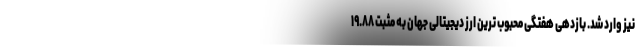
نیز وارد شد. بازدهی هفتگی محبوب ترین ارز دیجیتالی جهان به مثبت ۱۹.۸۸